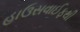
હાઉસવાઈફથી